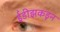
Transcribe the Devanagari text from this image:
ईंडीझकडून